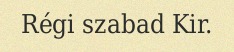
Régi szabad Kir.